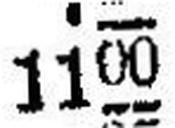
1100